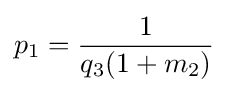
p_{1}={\frac {1}{q_{3}(1+m_{2})}}\